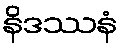
နိဒဿနံ